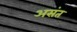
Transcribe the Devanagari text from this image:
असंत